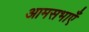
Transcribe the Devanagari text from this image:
आमसभाएँ